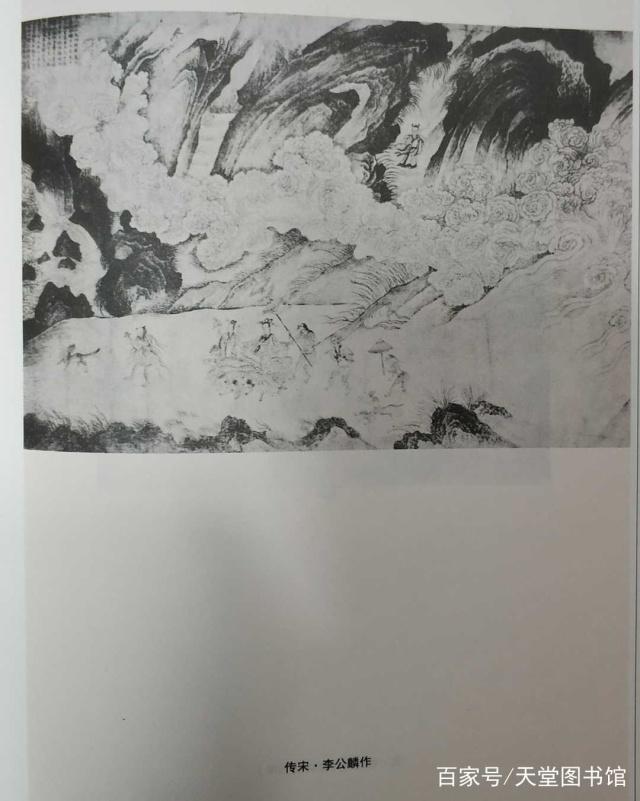
逢流星兮问路，顾我指兮从左。